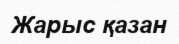
Жарыс қазан